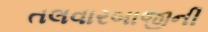
તલવારબાજીની